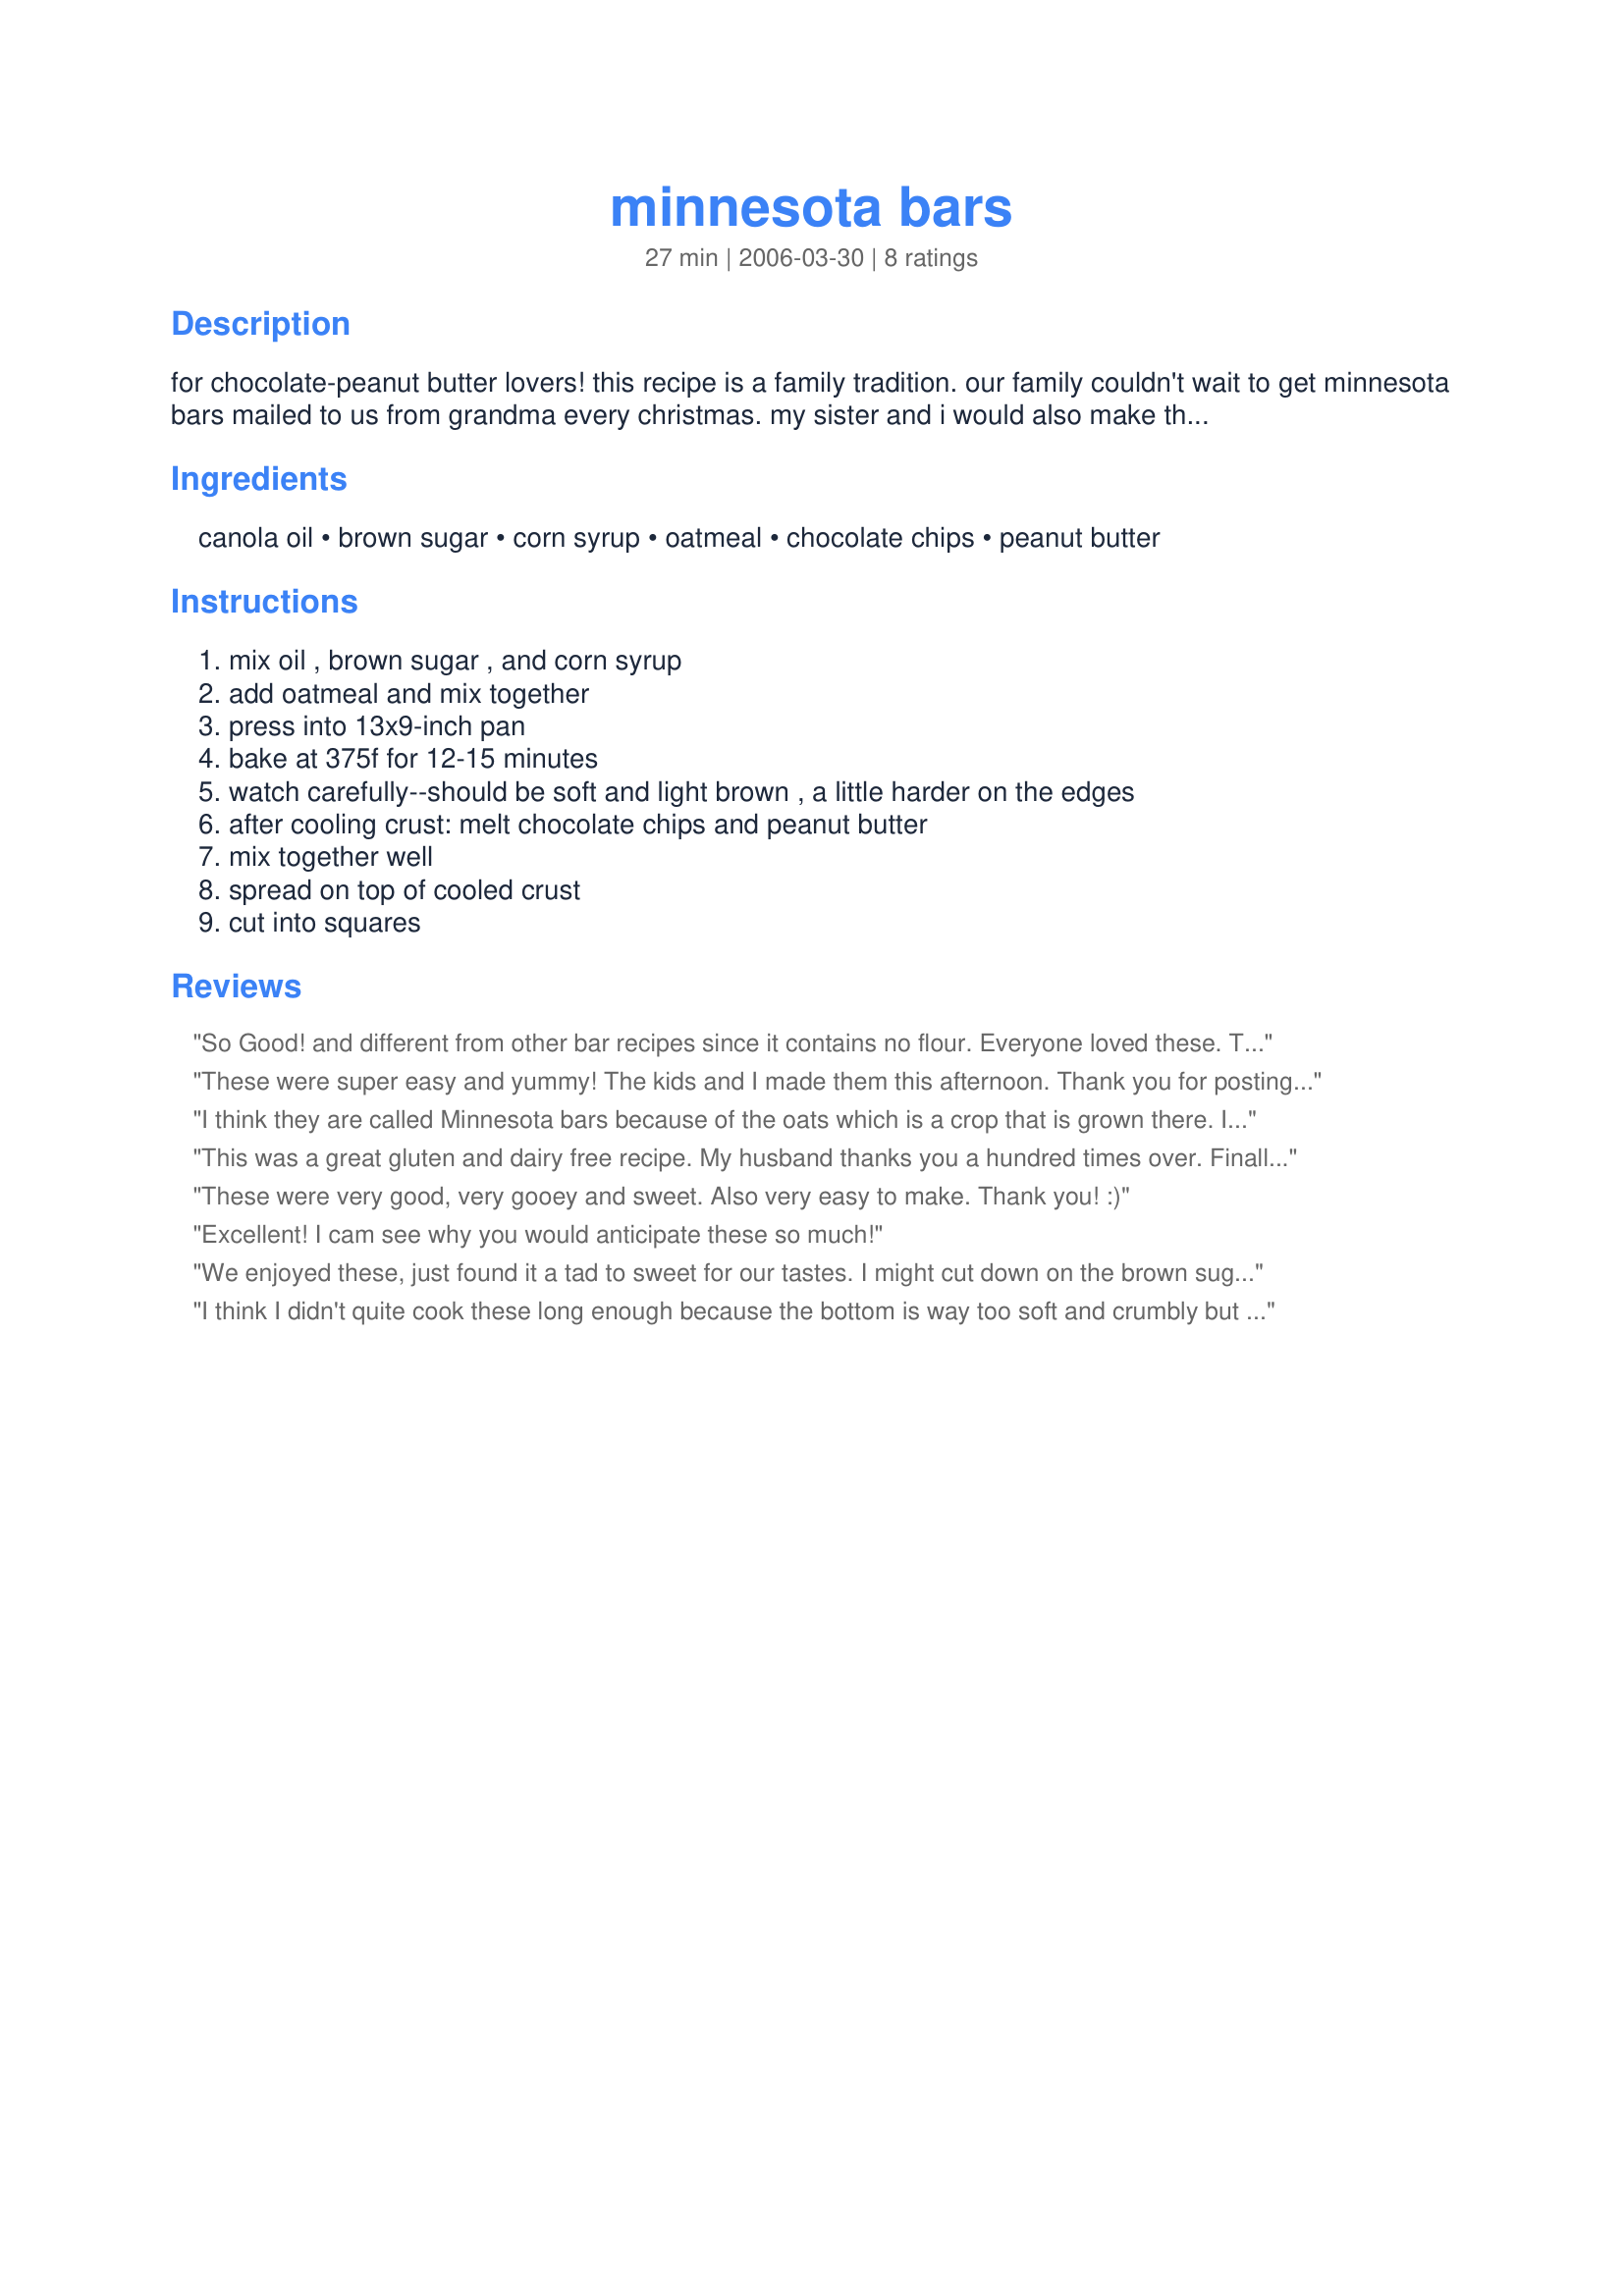
minnesota bars
Preparation time: 27 minutes

for chocolate-peanut butter lovers! this recipe is a family tradition. our family couldn't wait to get minnesota bars mailed to us from grandma every christmas. my sister and i would also make them with our grandmother when we would visit. i don't know where the name came from--my dad spent some of his childhood in minnesota.

Ingredients:
canola oil, brown sugar, corn syrup, oatmeal, chocolate chips, peanut butter

Steps:
mix oil , brown sugar , and corn syrup, add oatmeal and mix together, press into 13x9-inch pan, bake at 375f for 12-15 minutes, watch carefully--should be soft and light brown , a little harder on the edges, after cooling crust: melt chocolate chips and peanut butter, mix together well, spread on top of cooled crust, cut into squares

Reviews:
So Good! and different from other bar recipes since it contains no flour. Everyone loved these. The base is chewy and the chocolate and peanut butter makes a lovely frosting. I found the base mixture much easier to blend thoroughly after the oatmeal (used rolled oats) was added. These suckers stick like crazy, so next time I'll line the pan with buttered foil and lift out to cut. I found it easier to cut after popping in the fridge for a few minutes to let the chocolate layer firm up. Thanks for sharing the recipe!
These were super easy and yummy! The kids and I made them this afternoon. Thank you for posting!! :)
I think they are called Minnesota bars because of the oats which is a crop that is grown there. <br/><br/>I am giving it five stars for fool-proofiness. I used chunky peanut butter and we lived. I like peanut butter but my son thought that it was overwhelming. I think that next time I might add another half cup of chocolate to even it out a little more.
This was a great gluten and dairy free recipe. My husband thanks you a hundred times over. Finally he has a dessert/treat to bring to gatherings that everyone can enjoy. It was very easy to make. I microwaved the chocolate chips and the peanut butter in a bowl for a minute and it stirred right together. I store mine in the refrigerator to keep the chocolate firm.
These were very good, very gooey and sweet. Also very easy to make. Thank you! :)
Excellent! I cam see why you would anticipate these so much!
We enjoyed these, just found it a tad to sweet for our tastes. I might cut down on the brown sugar next time and substitute with melted margerine.
I think I didn't quite cook these long enough because the bottom is way too soft and crumbly but the crust tastes sooo yummy still. I will make them again I'm sure! It is definitely worth the trial and error til I figure out the right temp and time for my oven!
